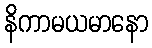
နိကာမယမာနော